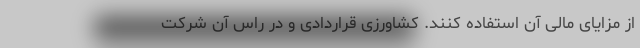
از مزایای مالی آن استفاده کنند. کشاورزی قراردادی و در راس آن شرکت